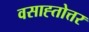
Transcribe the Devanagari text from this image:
वसाह्तोत्तर